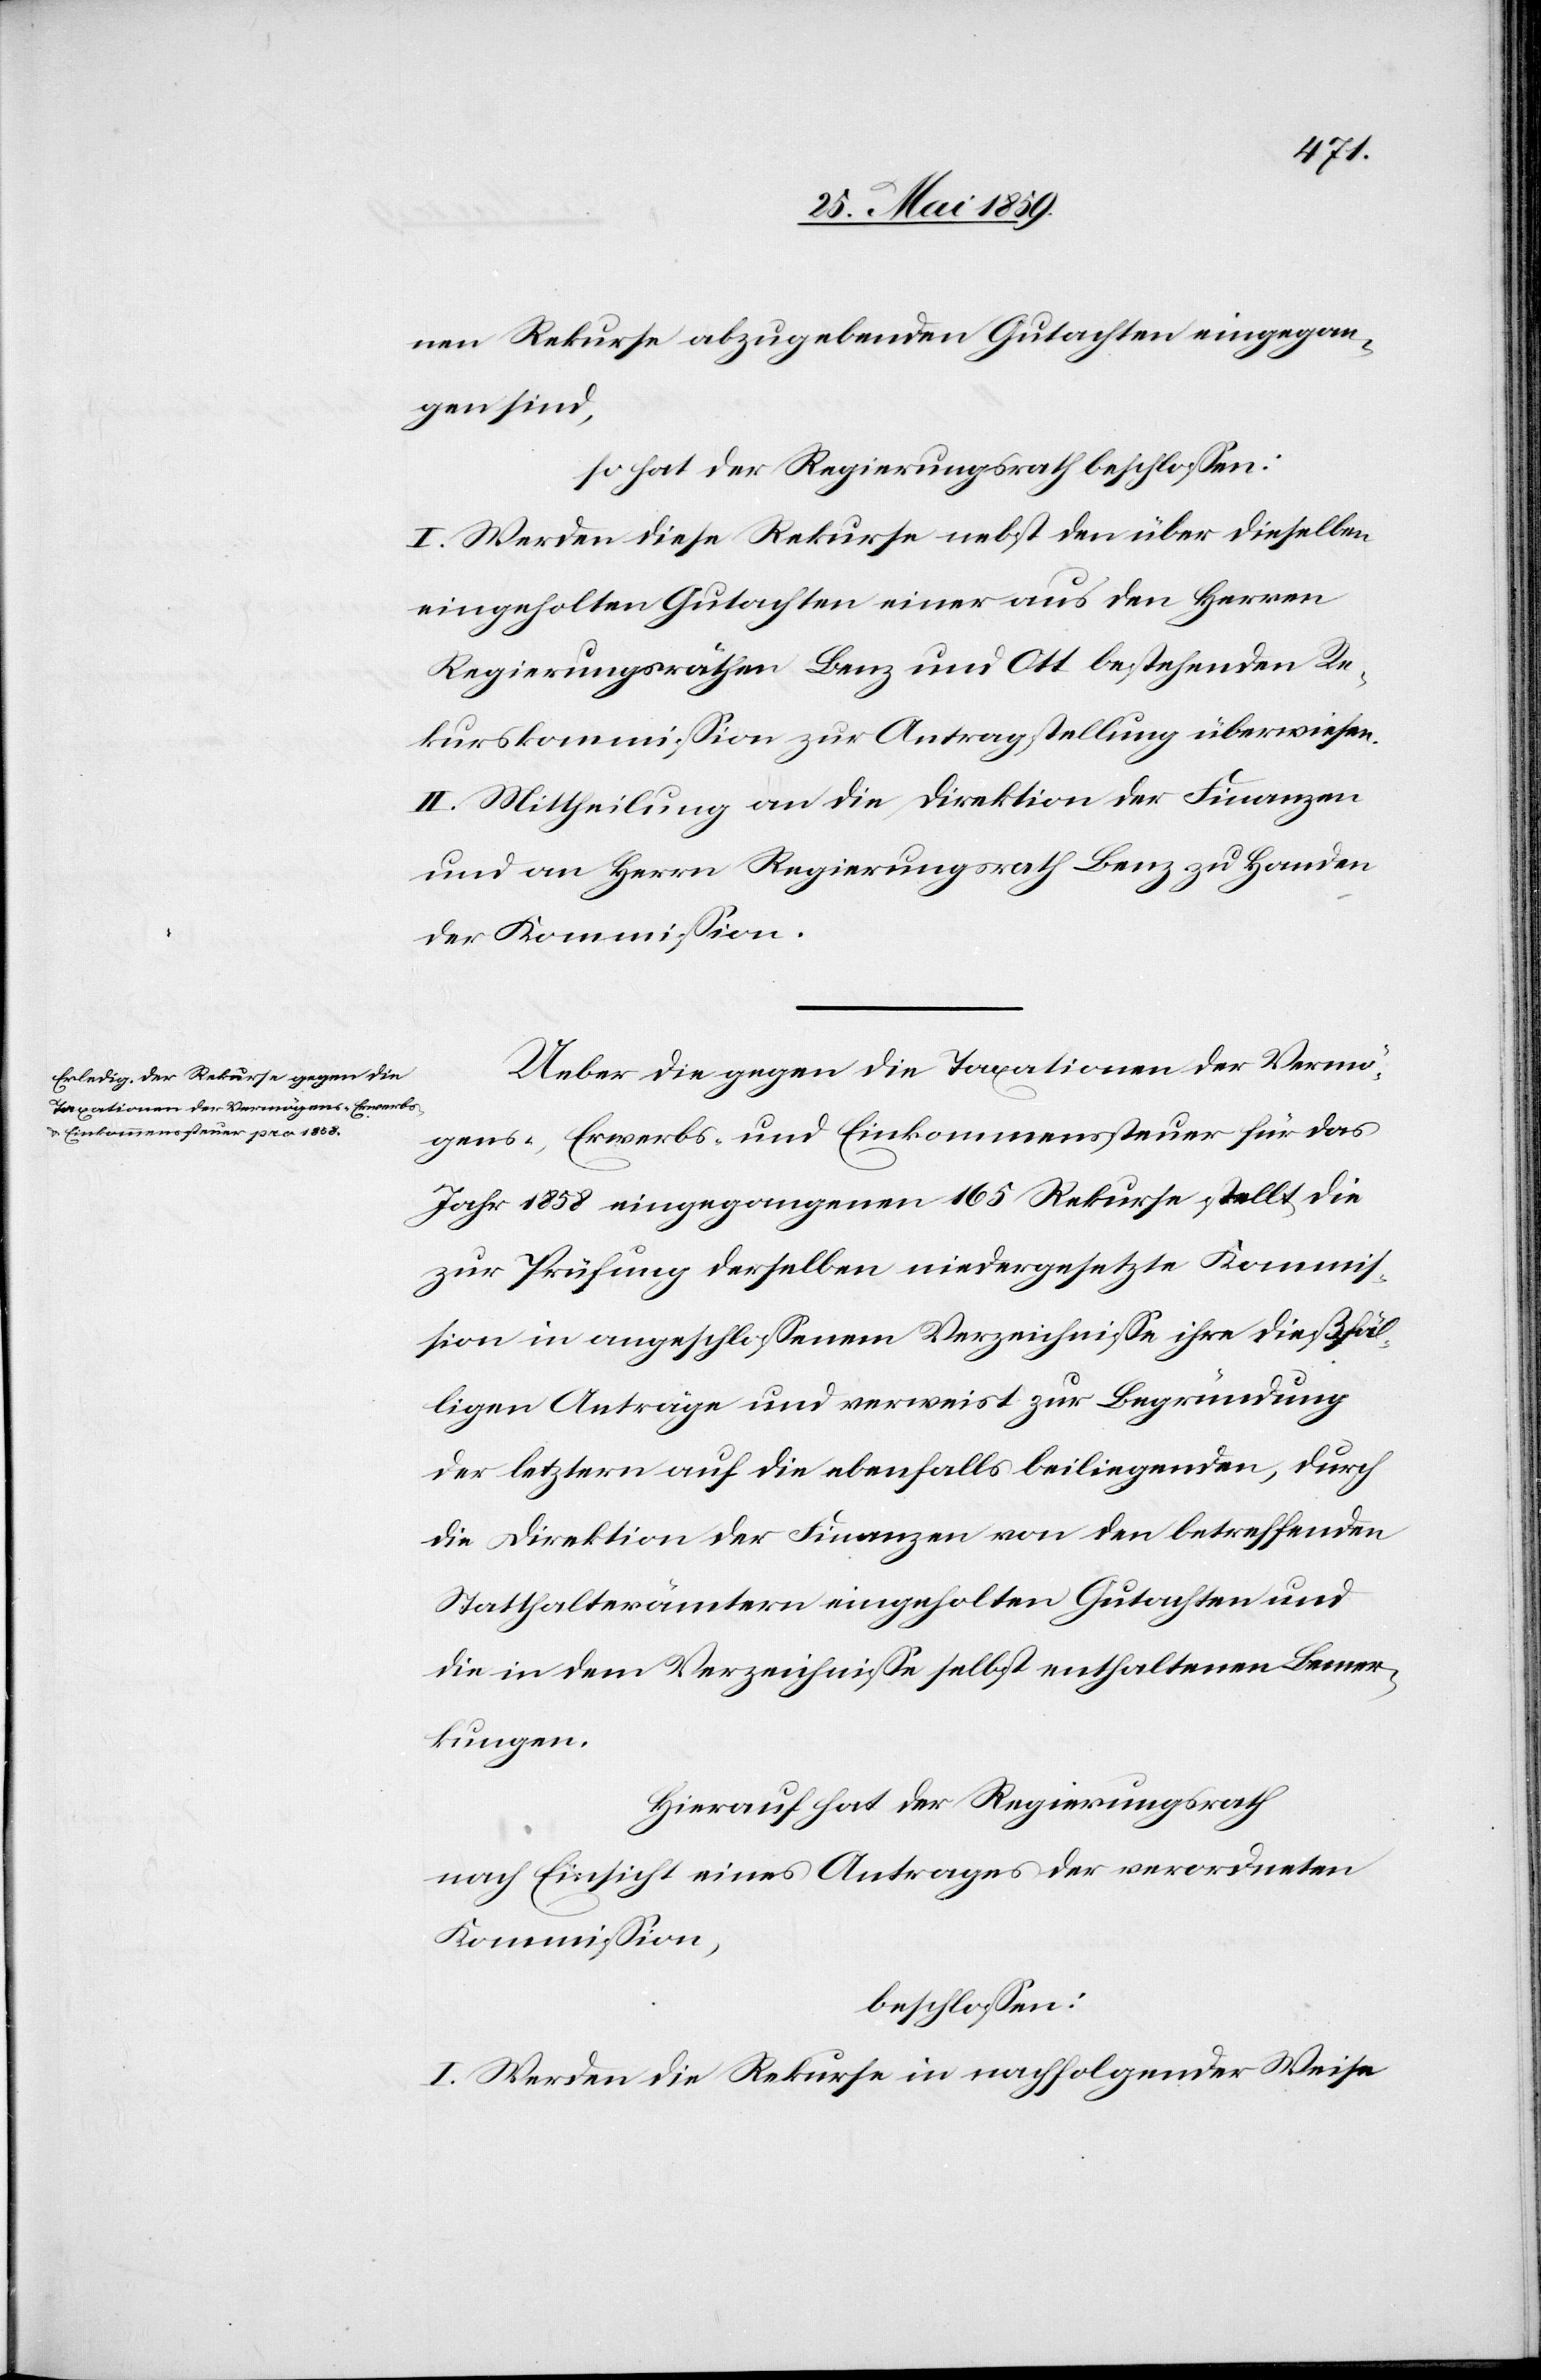
nen Rekurse abzugebenden Gutachten eingegan¬
gen sind,
so hat der Regierungsrath beschlossen:
I. Werden diese Rekurse nebst den über dieselben
eingeholten Gutachten einer aus den Herren
Regierungsräthen Benz und Ott bestehenden Re¬
kurskommission zur Antragstellung überwiesen.
II. Mittheilung an die Direktion der Finanzen
und an Herrn Regierungsrath Benz zu Handen
der Kommission.
Ueber die gegen die Taxationen der Vermö¬
gens-, Erwerbs- und Einkommenssteuer für das
Jahr 1858 eingegangenen 165 Rekurse stellt die
zur Prüfung derselben niedergesetzte Kommis¬
sion in angeschlossenem Verzeichnisse ihre dießfäl¬
ligen Anträge und verweist zur Begründung
der letztern auf die ebenfalls beiliegenden, durch
die Direktion der Finanzen von den betreffenden
Statthalterämtern eingeholten Gutachten und
die in dem Verzeichnisse selbst enthaltenen Bemer¬
kungen.
Hierauf hat der Regierungsrath
nach Einsicht eines Antrages der verordneten
Kommission,
beschlossen:
I. Werden die Rekurse in nachfolgender Weise